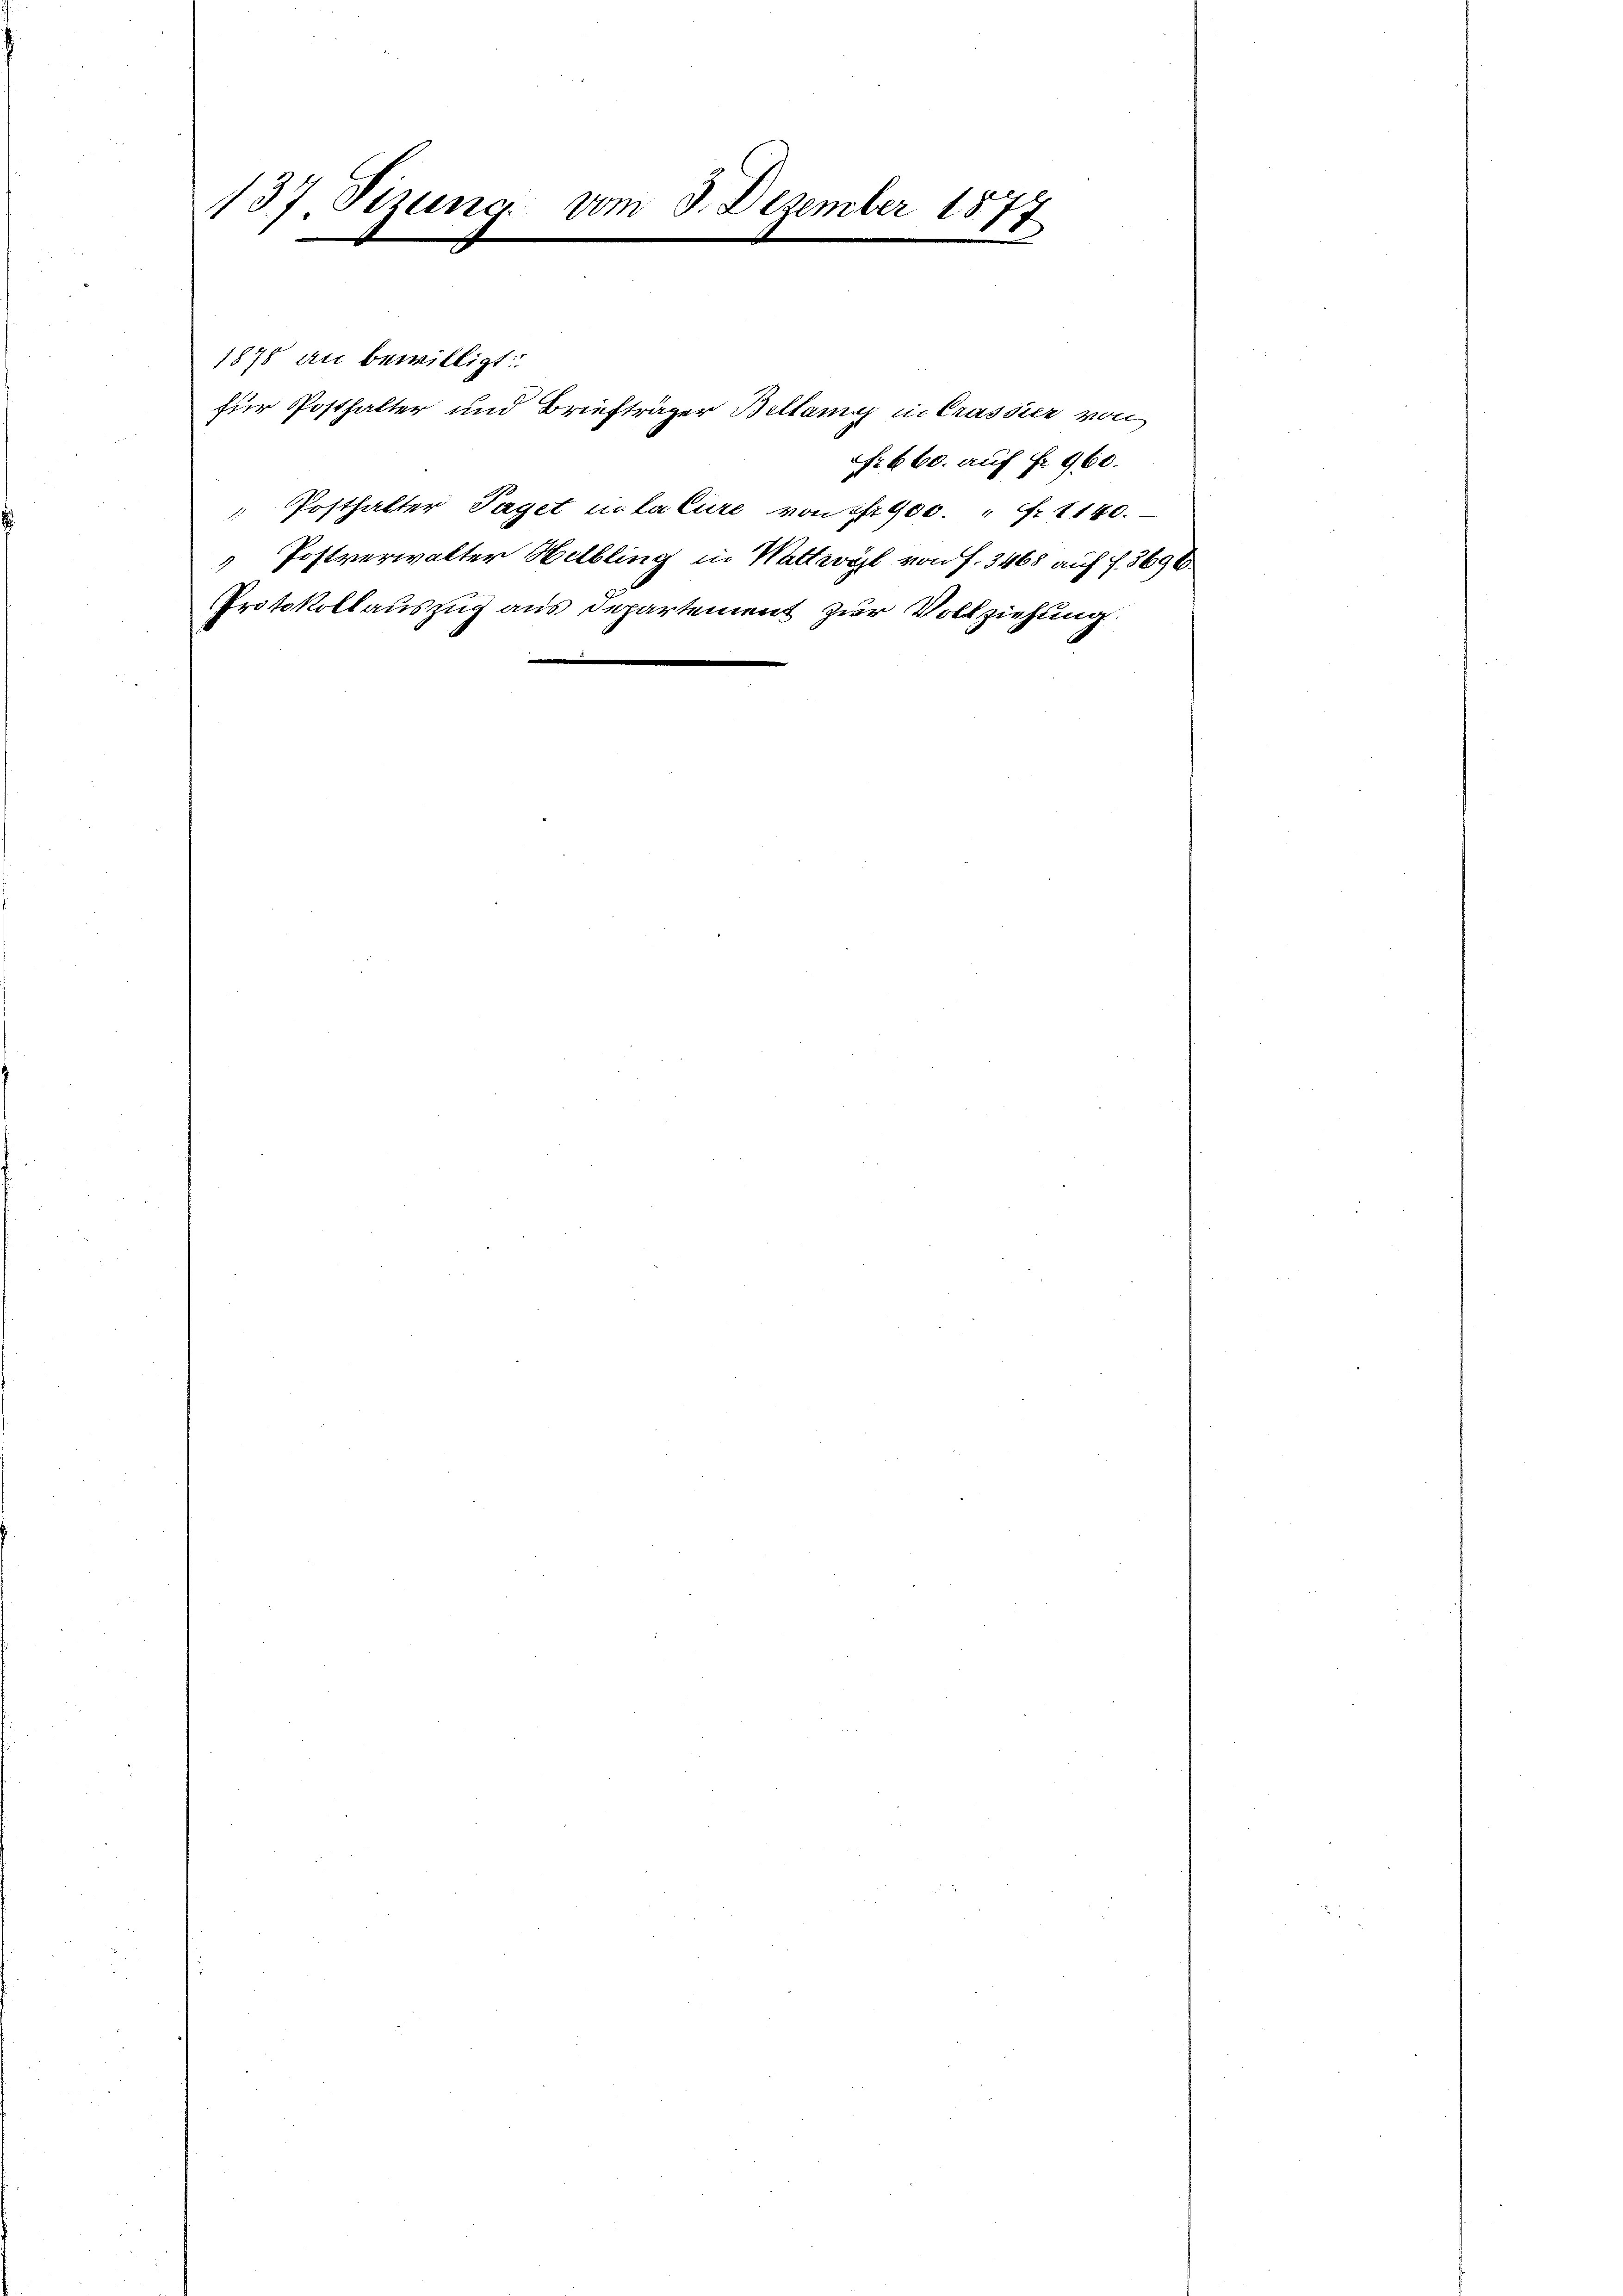
137. Sizung vom 3. Dezember 1877

für Posthalter und Briefträger Bellany in Crassier von
 Posthalter Taget eclature von 1900. " Fr. 1140.
" Postverwalter Helbling in Wattwyl von f. 3468 auf f. 3696

1878 an bewilligt:

.

Protokollauszug aus Departement zur Vollziehung

Nr 660. auf Fr. 960.